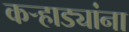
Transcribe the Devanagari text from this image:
कऱ्हाड्यांना